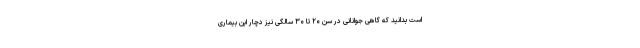
است بدانید که گاهی جوانانی در سن ۲۰ تا ۳۰ سالگی نیز دچار این بیماری